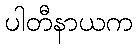
ပါတီနာယက